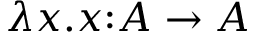
\lambda x . x { \mathrel { : } } A \to A